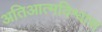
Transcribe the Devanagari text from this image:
अतिआत्मविश्वास